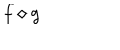
f \diamond g